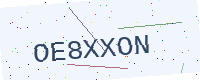
Text: OE8XXON